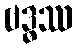
ဗဒ္ဓဿ